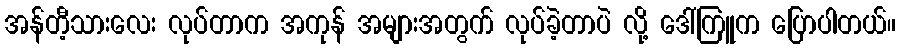
အန်တီ့သားလေး လုပ်တာက အကုန် အများအတွက် လုပ်ခဲ့တာပဲ လို့ ဒေါ်ကြူက ပြောပါတယ်။